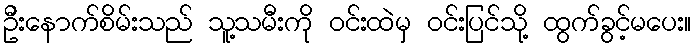
ဦးနောက်စိမ်းသည် သူ့သမီးကို ဝင်းထဲမှ ဝင်းပြင်သို့ ထွက်ခွင့်မပေး။